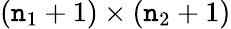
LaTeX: (\mathtt{n}_{1}+1)\times(\mathtt{n}_{2}+1)